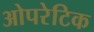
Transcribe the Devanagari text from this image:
ओपरेटिक